Vaccination in Bombay 1856-1862 - 1856-1862
Year: 1856
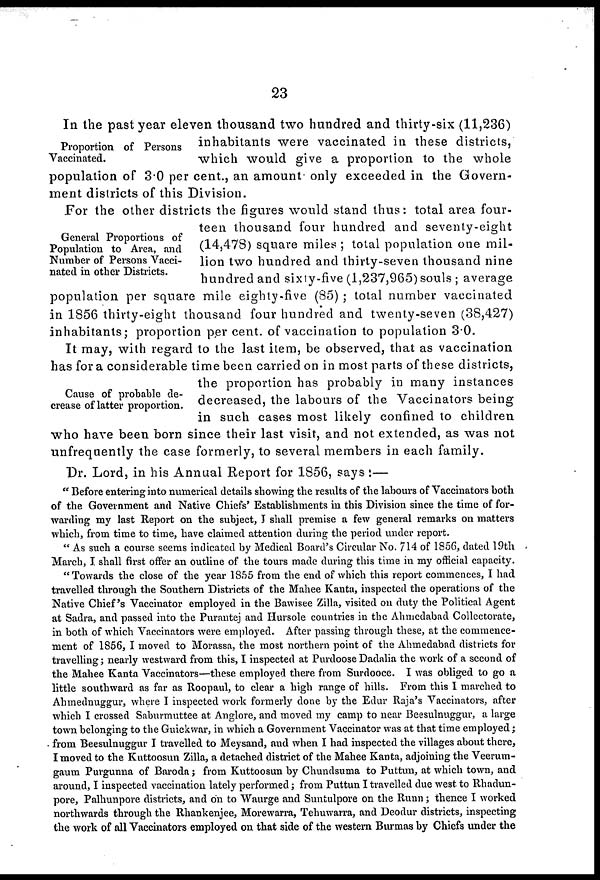
23
Proportion of Persons
Vaccinated.
In the past year eleven thousand two hundred and thirty-six (11,236)
inhabitants were vaccinated in these districts,
which would give a proportion to the whole
population of 3.0 per cent., an amount only exceeded in the Govern-
ment districts of this Division.
General Proportions of
Population to Area, and
Number of Persons Vacci-
nated in other Districts.
For the other districts the figures would stand thus: total area four-
teen thousand four hundred and seventy-eight
(14,478) square miles ; total population one mil-
lion two hundred and thirty-seven thousand nine
hundred and sixty-five (1,237,965) souls ; average
population per square mile eighty-five (85) ; total number vaccinated
in 1856 thirty-eight thousand four hundred and twenty-seven (38,427)
inhabitants; proportion per cent. of vaccination to population 3.0.
Cause of probable de-
crease of latter proportion.
It may, with regard to the last item, be observed, that as vaccination
has for a considerable time been carried on in most parts of these districts,
the proportion has probably in many instances
decreased, the labours of the Vaccinators being
in such cases most likely confined to children
who have been born since their last visit, and not extended, as was not
unfrequently the case formerly, to several members in each family.
Dr. Lord, in his Annual Report for 1856, says :—
"Before entering into numerical details showing the results of the labours of Vaccinators both
of the Government and Native Chiefs' Establishments in this Division since the time of for-
warding my last Report on the subject, I shall premise a few general remarks on matters
which, from time to time, have claimed attention during the period under report.
"As such a course seems indicated by Medical Board's Circular No. 714 of 1856, dated 19th
March, I shall first offer an outline of the tours made during this time in my official capacity.
"Towards the close of the year 1855 from the end of which this report commences, I had
travelled through the Southern Districts of the Mahee Kanta, inspected the operations of the
Native Chief's Vaccinator employed in the Bawisee Zilla, visited on duty the Political Agent
at Sadra, and passed into the Purantej and Hursole countries in the Ahmedabad Collectorate,
in both of which Vaccinators were employed. After passing through these, at the commence-
ment of 1856, I moved to Morassa, the most northern point of the Ahmedabad districts for
travelling; nearly westward from this, I inspected at Purdoose Dadalia the work of a second of
the Mahee Kanta Vaccinators—these employed there from Surdooce. I was obliged to go a
little southward as far as Roopaul, to clear a high range of hills. From this I marched to
Ahmednuggur, where I inspected work formerly done by the Edur Raja's Vaccinators, after
which I crossed Saburmuttee at Anglore, and moved my camp to near Beesulnuggur, a large
town belonging to the Guickwar, in which a Government Vaccinator was at that time employed;
from Beesulnuggur I travelled to Meysand, and when I had inspected the villages about there,
I moved to the Kuttoosun Zilla, a detached district of the Mahee Kanta, adjoining the Veerutn¬
gaum Purgunna of Baroda; from Kuttoosun by Chundsuma to Puttun, at which town, and
around, I inspected vaccination lately performed; from Puttun I travelled due west to Rhadun-
pore, Palhunpore districts, and on to Waurge and Suntulpore on the Runn; thence I worked
northwards through the Rhankenjee, Morewarra, Tehuwarra, and Deodur districts, inspecting
the work of all Vaccinators employed on that side of the western Burmas by Chiefs under the